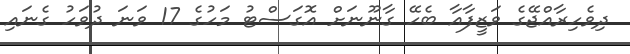
ދިވެހިރާއްޖޭގެ ވަޒީފާއާ ބެހޭ ގާނޫނަށް އޮގަސްޓު މަހުގެ 17 ވަނަ ދުވަހު ގެނައި